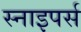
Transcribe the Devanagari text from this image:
स्नाइपर्स